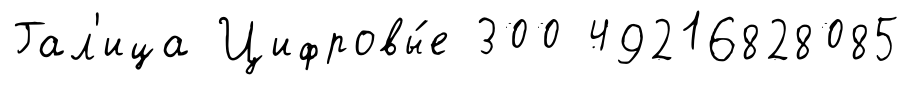
Гал'ица Цифровы́е 300 49216828085